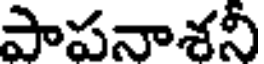
పాపనాశనీ